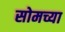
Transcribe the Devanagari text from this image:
सोमच्या